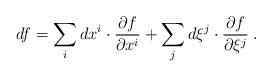
LaTeX: \begin{align*}df = \sum_i dx^i \cdot \frac {\partial f} {\partial x^i} + \sum_j d\xi^j \cdot \frac {\partial f} {\partial \xi^j}\;.\end{align*}